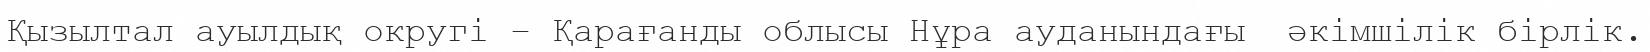
Қызылтал ауылдық округі – Қарағанды облысы Нұра ауданындағы  әкімшілік бірлік.